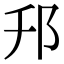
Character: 䢴